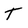
Character: t